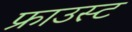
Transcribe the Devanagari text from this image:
फ्राउस्ट